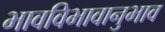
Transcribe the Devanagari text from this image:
भावविभावानुभाव